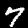
Digit: 7